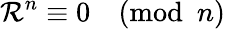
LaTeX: \mathcal{R}^{n}\equiv0{\pmod{n}}